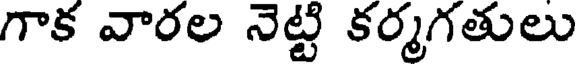
గాక వారల నెట్టి కర్మగతులు